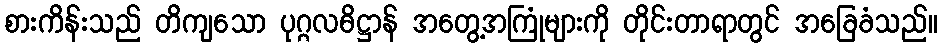
စားကိန်းသည် တိကျသော ပုဂ္ဂလဓိဋ္ဌာန် အတွေ့အကြုံများကို တိုင်းတာရာတွင် အခြေခံသည်။